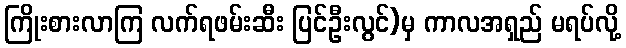
ကြိုးစားလာကြ လက်ရဖမ်းဆီး ပြင်ဦးလွင်)မှ ကာလအရှည် မရပ်လို့